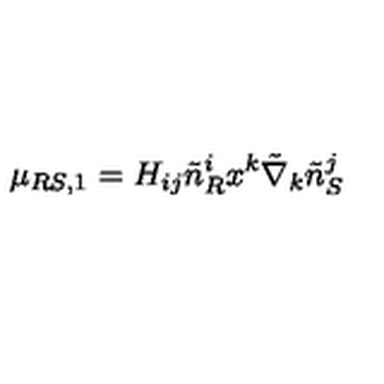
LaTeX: \mu _ { R S , 1 } = H _ { i j } \tilde { n } _ { R } ^ { i } x ^ { k } \tilde { \nabla } _ { k } \tilde { n } _ { S } ^ { j }